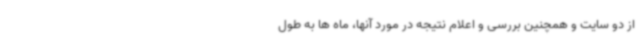
از دو سایت و همچنین بررسی و اعلام نتیجه در مورد آنها، ماه ها به طول